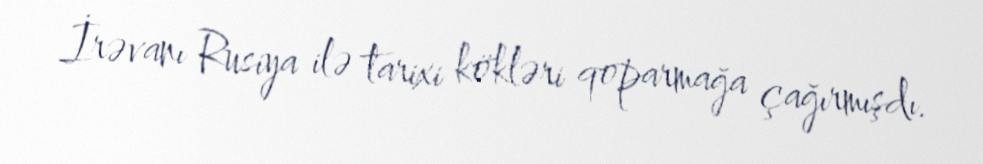
İrəvanı Rusiya ilə tarixi kökləri qoparmağa çağırmışdı.